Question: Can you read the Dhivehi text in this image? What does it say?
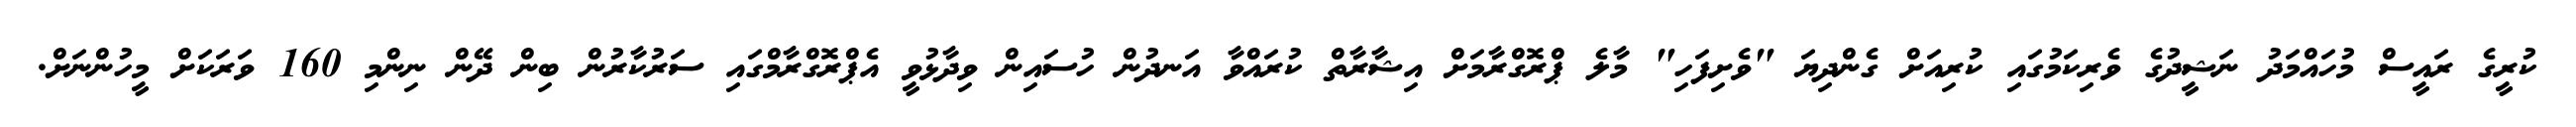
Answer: ކުރީގެ ރައީސް މުހައްމަދު ނަޝީދުގެ ވެރިކަމުގައި ކުރިއަށް ގެންދިޔަ "ވެށިފަހި" މާލެ ޕްރޮގްރާމަށް އިޝާރާތް ކުރައްވާ އަނދުން ހުސައިން ވިދާޅުވީ އެޕްރޮގްރާމްގައި ސަރުކާރުން ބިން ދޭން ނިންމި 160 ވަރަކަށް މީހުންނަށް.